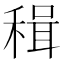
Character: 𥠋